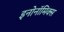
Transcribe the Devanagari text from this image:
इनोनॉमिक्स